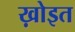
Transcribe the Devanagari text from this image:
ख़ोइत